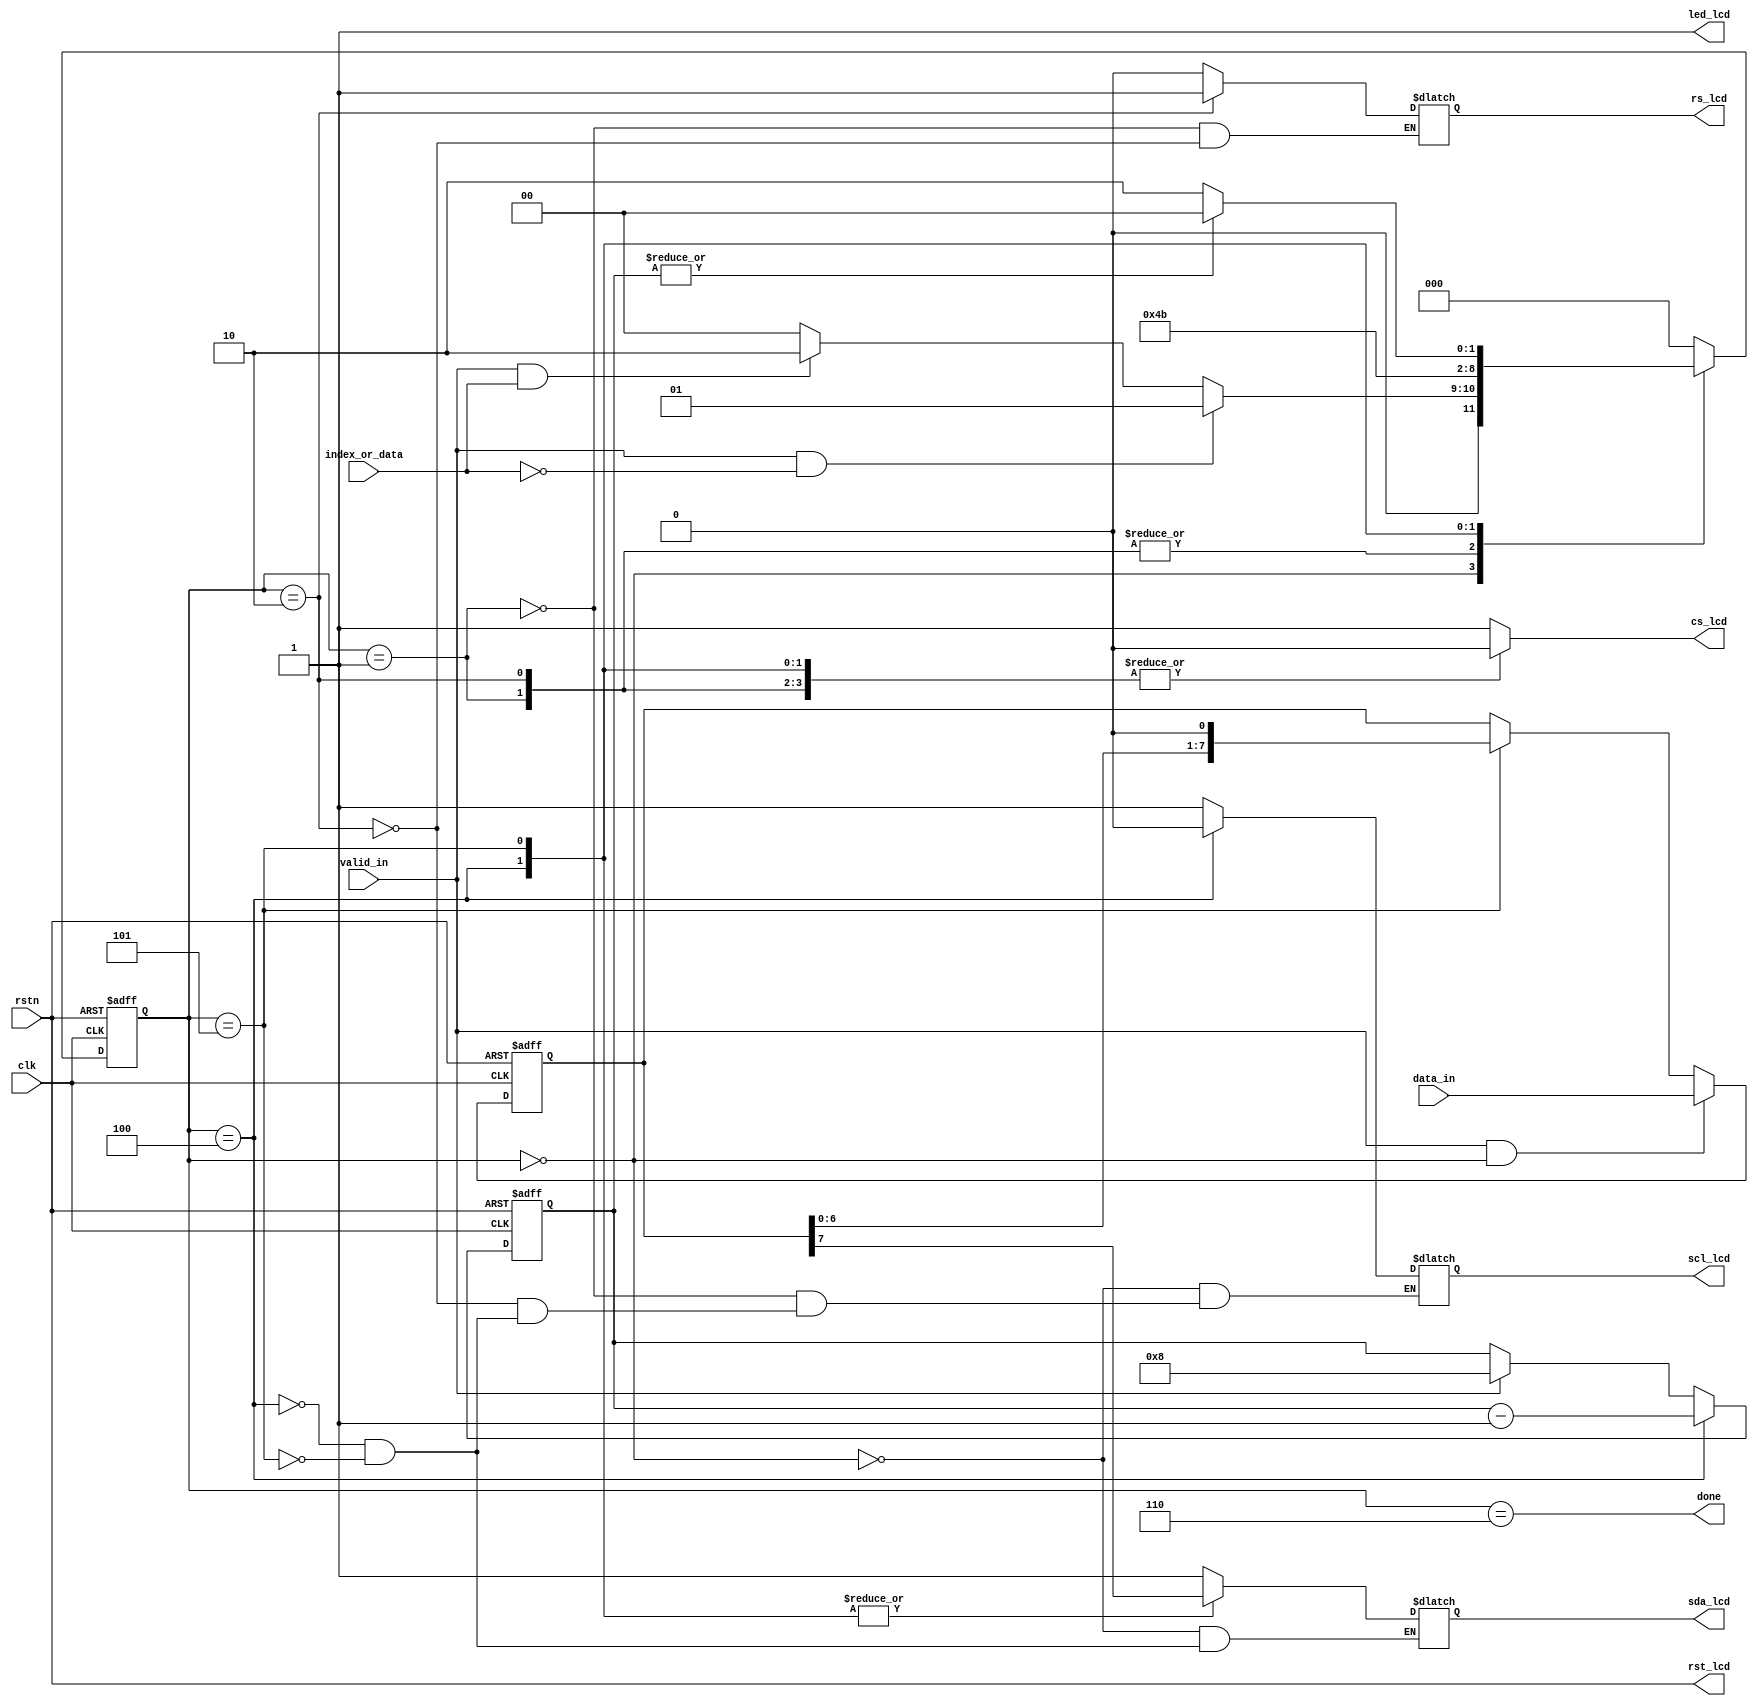
//////////////////////////////////////////////////////////////////////////////////
// Company: Private
// 
// Design Name: Image Recognition
// Module Name: lcd driver with spi interface
// Target Devices: ASIC/FPGA
// Tool Version: 
// Description: 
// 
// Dependencies: 
// 
// Revision: 
// Revision 0.01 - File Created
//
// //////////////////////////////////////////////////////////////////////////////////
`timescale 1ns/1ps

module lcd_driver(
    clk, rstn, index_or_data, // 0 - index, 1 - data
    valid_in, data_in, done,
    rst_lcd, scl_lcd, sda_lcd,
    cs_lcd, rs_lcd, led_lcd
);

// Parameter Declarations --------------------------------------
parameter DATA_WIDTH = 8;

localparam IDLE  = 3'd0;
localparam INDEX = 3'd1;
localparam DATA  = 3'd2;
localparam TRA_1 = 3'd3;
localparam TRA_2 = 3'd4;
localparam TRA_3 = 3'd5;
localparam DONE  = 3'd6;

// Interface Declarations --------------------------------------
input clk, rstn;
input valid_in, index_or_data;
input [DATA_WIDTH - 1 : 0] data_in;
output rst_lcd, scl_lcd, sda_lcd;
output cs_lcd, rs_lcd, led_lcd;
output done;

reg scl_lcd, sda_lcd;
reg cs_lcd, rs_lcd;

assign rst_lcd = rstn;
assign led_lcd = 1'b1;

// Reg and Wire Declarations -----------------------------------
reg [2 : 0] state;
reg [2 : 0] next_state;
reg [DATA_WIDTH - 1 : 0] seq;
reg [3 : 0] counter;
reg start;

wire counter_is_zero;
assign counter_is_zero = ~|counter;

wire valid_bit;
assign valid_bit = seq[DATA_WIDTH - 1];

assign done = state == DONE;

// Seq Logic ---------------------------------------------------
always @ (posedge clk or negedge rstn) begin
    if(!rstn) state <= IDLE;
    else state <= next_state;
end

always @ (*) begin
    case(state)
    IDLE: begin
        if(valid_in && !index_or_data) next_state = INDEX;
        else if(valid_in && index_or_data) next_state = DATA;
        else next_state = IDLE;
    end
    INDEX: begin next_state = TRA_2; end
    DATA:  begin next_state = TRA_2; end
//    TRA_1: begin next_state = TRA_2; end
    TRA_2: begin next_state = TRA_3; end
    TRA_3: begin
        if(counter_is_zero) next_state = DONE;
        else next_state = TRA_2;
    end
    DONE: begin next_state = IDLE; end
    default: begin next_state = IDLE; end
    endcase
end

always @ (*) begin
    case(state)
    IDLE:  begin cs_lcd = 1'b1; scl_lcd = 1'b1; sda_lcd = 1'b1; end
    INDEX: begin cs_lcd = 1'b0; scl_lcd = 1'b1; rs_lcd  = 1'b0; end
    DATA:  begin cs_lcd = 1'b0; scl_lcd = 1'b1; rs_lcd  = 1'b1; end
//    TRA_1: begin cs_lcd = 1'b0; scl_lcd = 1'b1; sda_lcd = valid_bit; end
    TRA_2: begin cs_lcd = 1'b0; scl_lcd = 1'b0; sda_lcd = valid_bit; end
    TRA_3: begin cs_lcd = 1'b0; scl_lcd = 1'b1; sda_lcd = valid_bit; end
    DONE:  begin cs_lcd = 1'b1; end
    default: begin cs_lcd = 1'b1; end
    endcase 
end

always @ (posedge clk or negedge rstn) begin
    if(!rstn) begin seq <= 'b0; end
    else begin
        if(valid_in && (state == IDLE)) seq <= data_in;
        else if(state == TRA_3) seq <= seq << 1;
    end
end

always @ (posedge clk or negedge rstn) begin
    if(!rstn) counter <= 'd0;
    else begin
        if(state == TRA_2) counter <= counter - 1'b1;
        else if(valid_in) counter <= DATA_WIDTH;
    end
end

endmodule